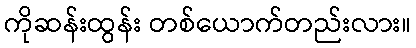
ကိုဆန်းထွန်း တစ်ယောက်တည်းလား။